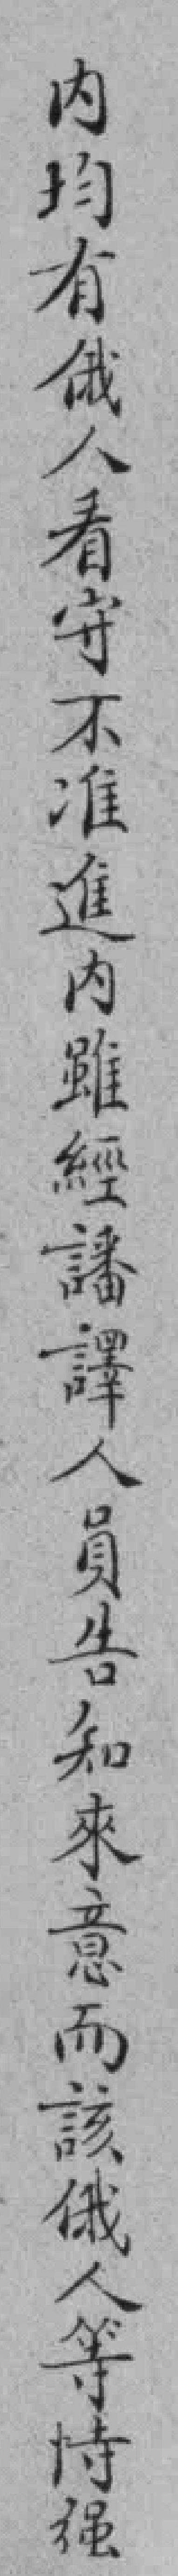
內均有俄人看守不准進內雖經譒譯人員告和來意而該俄人等恃强